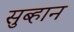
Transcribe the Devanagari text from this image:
सुब्हान